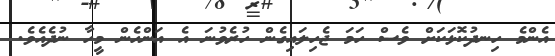
އެންމެ ހިނދުކޮޅަކަށް ވެސް ހަމަ ޖެހިލައިގެން ހުރެވުނަ އެ އަންހެން މީހާ ނުދެއެވެ.